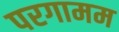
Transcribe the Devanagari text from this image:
परगामम